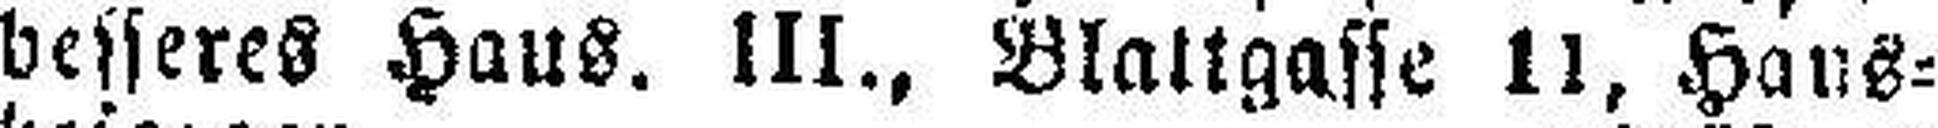
besseres Haus. III., Blattgasse 11, Haus¬